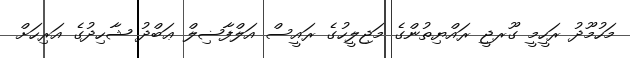
މަހުމޫދު ރަހީމީ ގޫރޖީ ރައްޔިތުންގެ މަޖިލީހުގެ ރައީސް އަލްފާޟިލް ޢަބްދު ޝާހިދުގެ އަރިހަށް